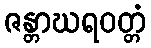
ဇန္တာဃရဝတ္တံ